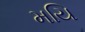
મયિ